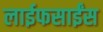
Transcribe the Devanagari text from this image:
लाईफसाईंस